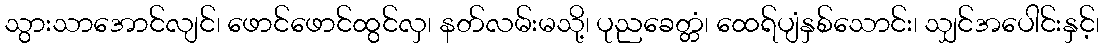
သွားသာအောင်လျင်၊ ဖောင်ဖောင်ထွင်လှ၊ နတ်လမ်းမသို့၊ ပုညခေတ္တံ၊ ထေရ်ပျံနှစ်သောင်း၊ သျှင်အပေါင်းနှင့်၊